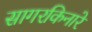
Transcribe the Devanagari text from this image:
सागरकिनारे